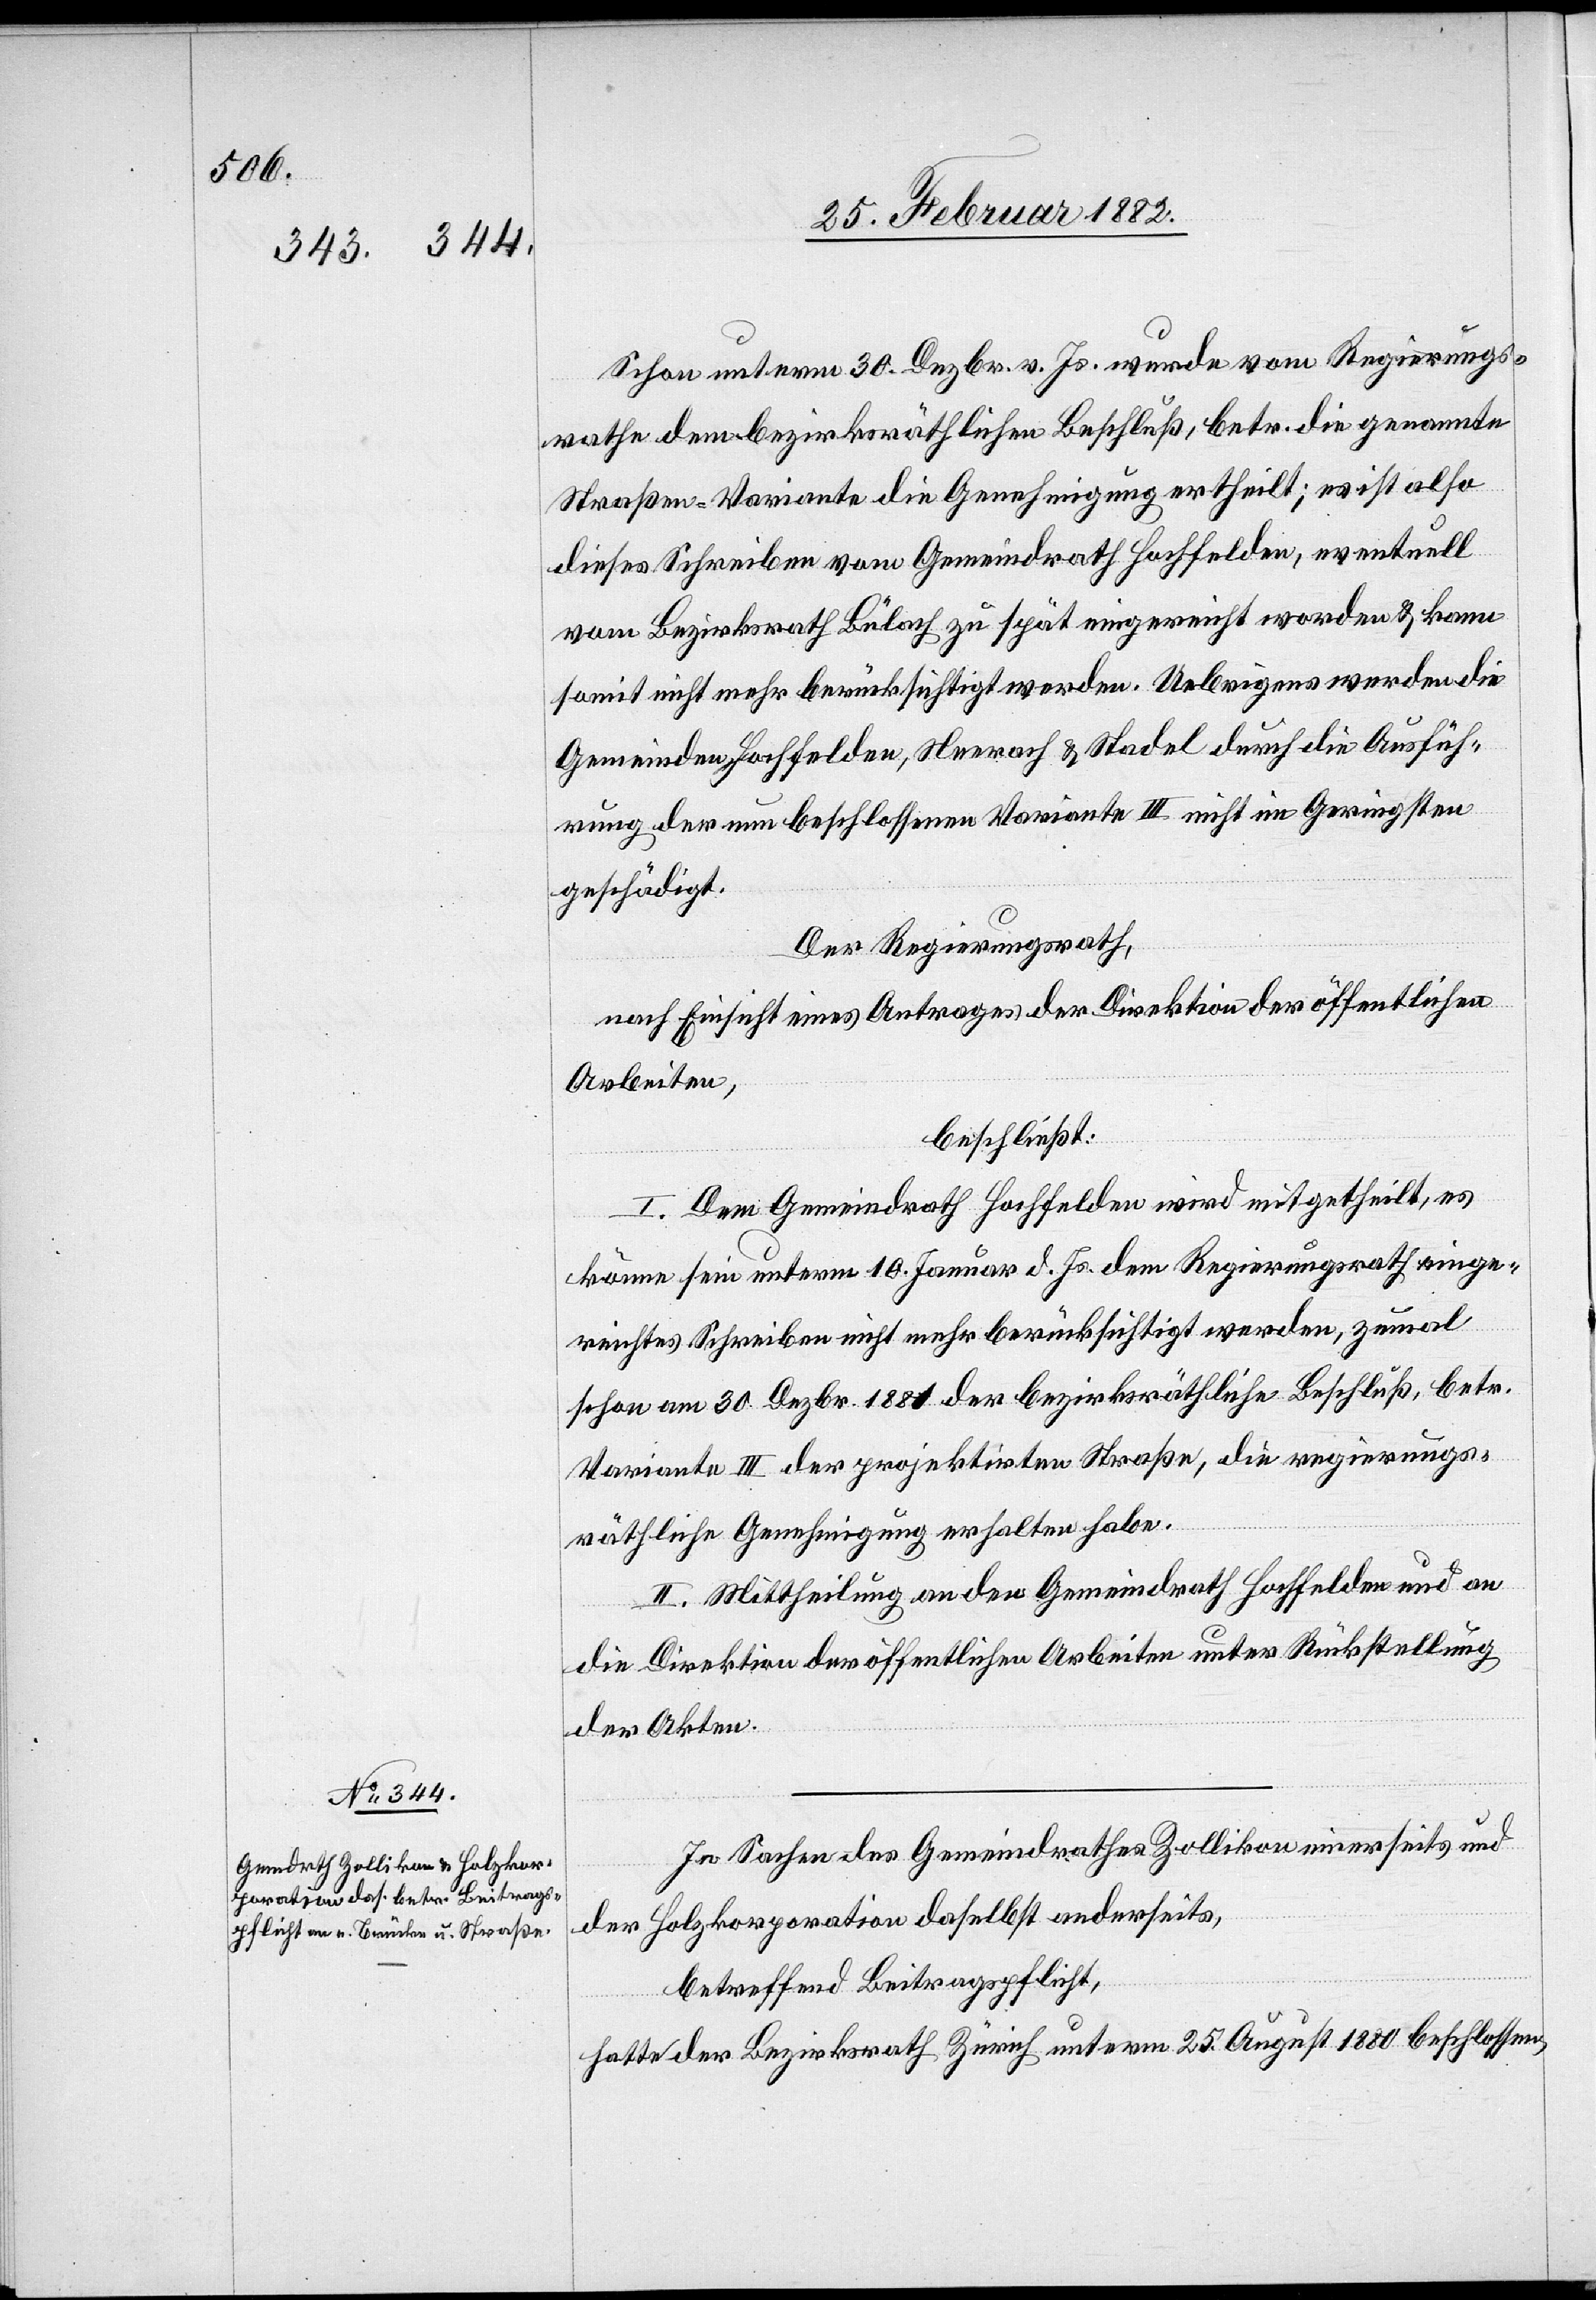
Schon unterm 30. Dezbr. v. Js. wurde vom Regierungs¬
rathe dem bezirksräthlichen Beschluß, betr. die genannte
Straßen-Variante die Genehmigung ertheilt; ist also
dieses Schreiben vom Gemeindrath Hochfelden, eventuell
vom Bezirksrath Bülach zu spät eingereicht worden & kann
somit nicht mehr berücksichtigt werden. Uebrigens würden die
Gemeinden Hochfelden, Neerach & Stadel durch die Ausfüh¬
rung der neu beschlossenen Variante III nicht im Geringsten
geschädigt.
Der Regierungsrath,
nach Einsicht eines Antrages der Direktion der öffentlichen
Arbeiten,
beschließt:
I. Dem Gemeindrath Hochfelden wird mitgetheilt, es
könne sein unterm 10. Januar d. Js. dem Regierungsrath einge¬
reichtes Schreiben nicht mehr berücksichtigt werden, zumal
schon am 30. Dezbr. 1881 der bezirksräthliche Beschluß, betr.
Variante III der projektirten Straße, die regierungs¬
räthliche Genehmigung erhalten habe.
II. Mittheilung an den Gemeindrath Hochfelden und an
die Direktion der öffentlichen Arbeiten unter Rückstellung
der Akten.
In Sachen des Gemeindrathes Zollikon einerseits und
der Holzkorporation daselbst anderseits,
betreffend Beitragspflicht,
hatte der Bezirksrath Zürich unterm 25. August 1880 beschlossen,